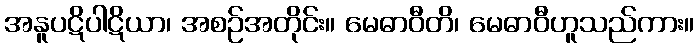
အနူပဋိပါဋိယာ၊ အစဉ်အတိုင်း။ မေဓာဝီတိ၊ မေဓာဝီဟူသည်ကား။